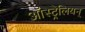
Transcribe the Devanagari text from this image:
ऑस्ट्रेलियन्